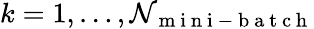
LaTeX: k=1,\ldots,\mathcal{N}_{\mathrm{{~m~i~n~i~-~b~a~t~c~h~}}}